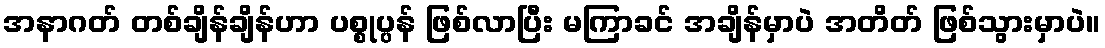
အနာဂတ် တစ်ချိန်ချိန်ဟာ ပစ္စုပ္ပန် ဖြစ်လာပြီး မကြာခင် အချိန်မှာပဲ အတိတ် ဖြစ်သွားမှာပဲ။